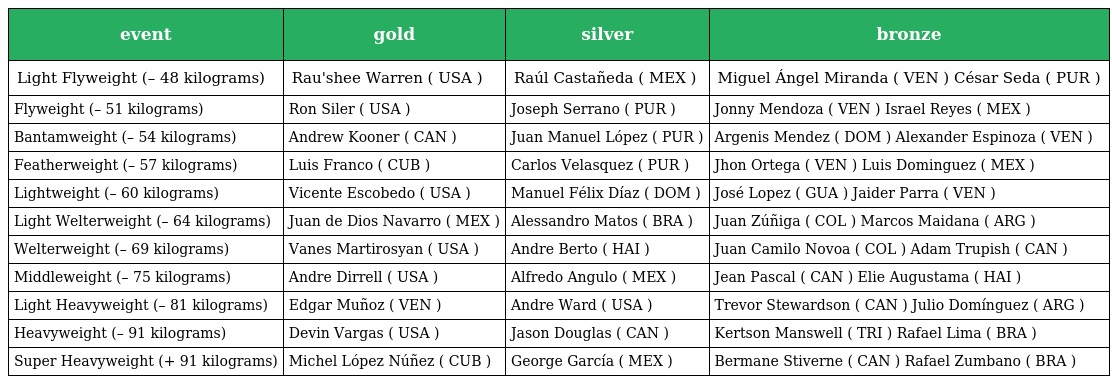
| event | gold | silver | bronze |
 | --- | --- | --- | --- |
 | Light Flyweight (– 48 kilograms) | Rau'shee Warren ( USA ) | Raúl Castañeda ( MEX ) | Miguel Ángel Miranda ( VEN ) César Seda ( PUR ) |
 | Flyweight (– 51 kilograms) | Ron Siler ( USA ) | Joseph Serrano ( PUR ) | Jonny Mendoza ( VEN ) Israel Reyes ( MEX ) |
 | Bantamweight (– 54 kilograms) | Andrew Kooner ( CAN ) | Juan Manuel López ( PUR ) | Argenis Mendez ( DOM ) Alexander Espinoza ( VEN ) |
 | Featherweight (– 57 kilograms) | Luis Franco ( CUB ) | Carlos Velasquez ( PUR ) | Jhon Ortega ( VEN ) Luis Dominguez ( MEX ) |
 | Lightweight (– 60 kilograms) | Vicente Escobedo ( USA ) | Manuel Félix Díaz ( DOM ) | José Lopez ( GUA ) Jaider Parra ( VEN ) |
 | Light Welterweight (– 64 kilograms) | Juan de Dios Navarro ( MEX ) | Alessandro Matos ( BRA ) | Juan Zúñiga ( COL ) Marcos Maidana ( ARG ) |
 | Welterweight (– 69 kilograms) | Vanes Martirosyan ( USA ) | Andre Berto ( HAI ) | Juan Camilo Novoa ( COL ) Adam Trupish ( CAN ) |
 | Middleweight (– 75 kilograms) | Andre Dirrell ( USA ) | Alfredo Angulo ( MEX ) | Jean Pascal ( CAN ) Elie Augustama ( HAI ) |
 | Light Heavyweight (– 81 kilograms) | Edgar Muñoz ( VEN ) | Andre Ward ( USA ) | Trevor Stewardson ( CAN ) Julio Domínguez ( ARG ) |
 | Heavyweight (– 91 kilograms) | Devin Vargas ( USA ) | Jason Douglas ( CAN ) | Kertson Manswell ( TRI ) Rafael Lima ( BRA ) |
 | Super Heavyweight (+ 91 kilograms) | Michel López Núñez ( CUB ) | George García ( MEX ) | Bermane Stiverne ( CAN ) Rafael Zumbano ( BRA ) |